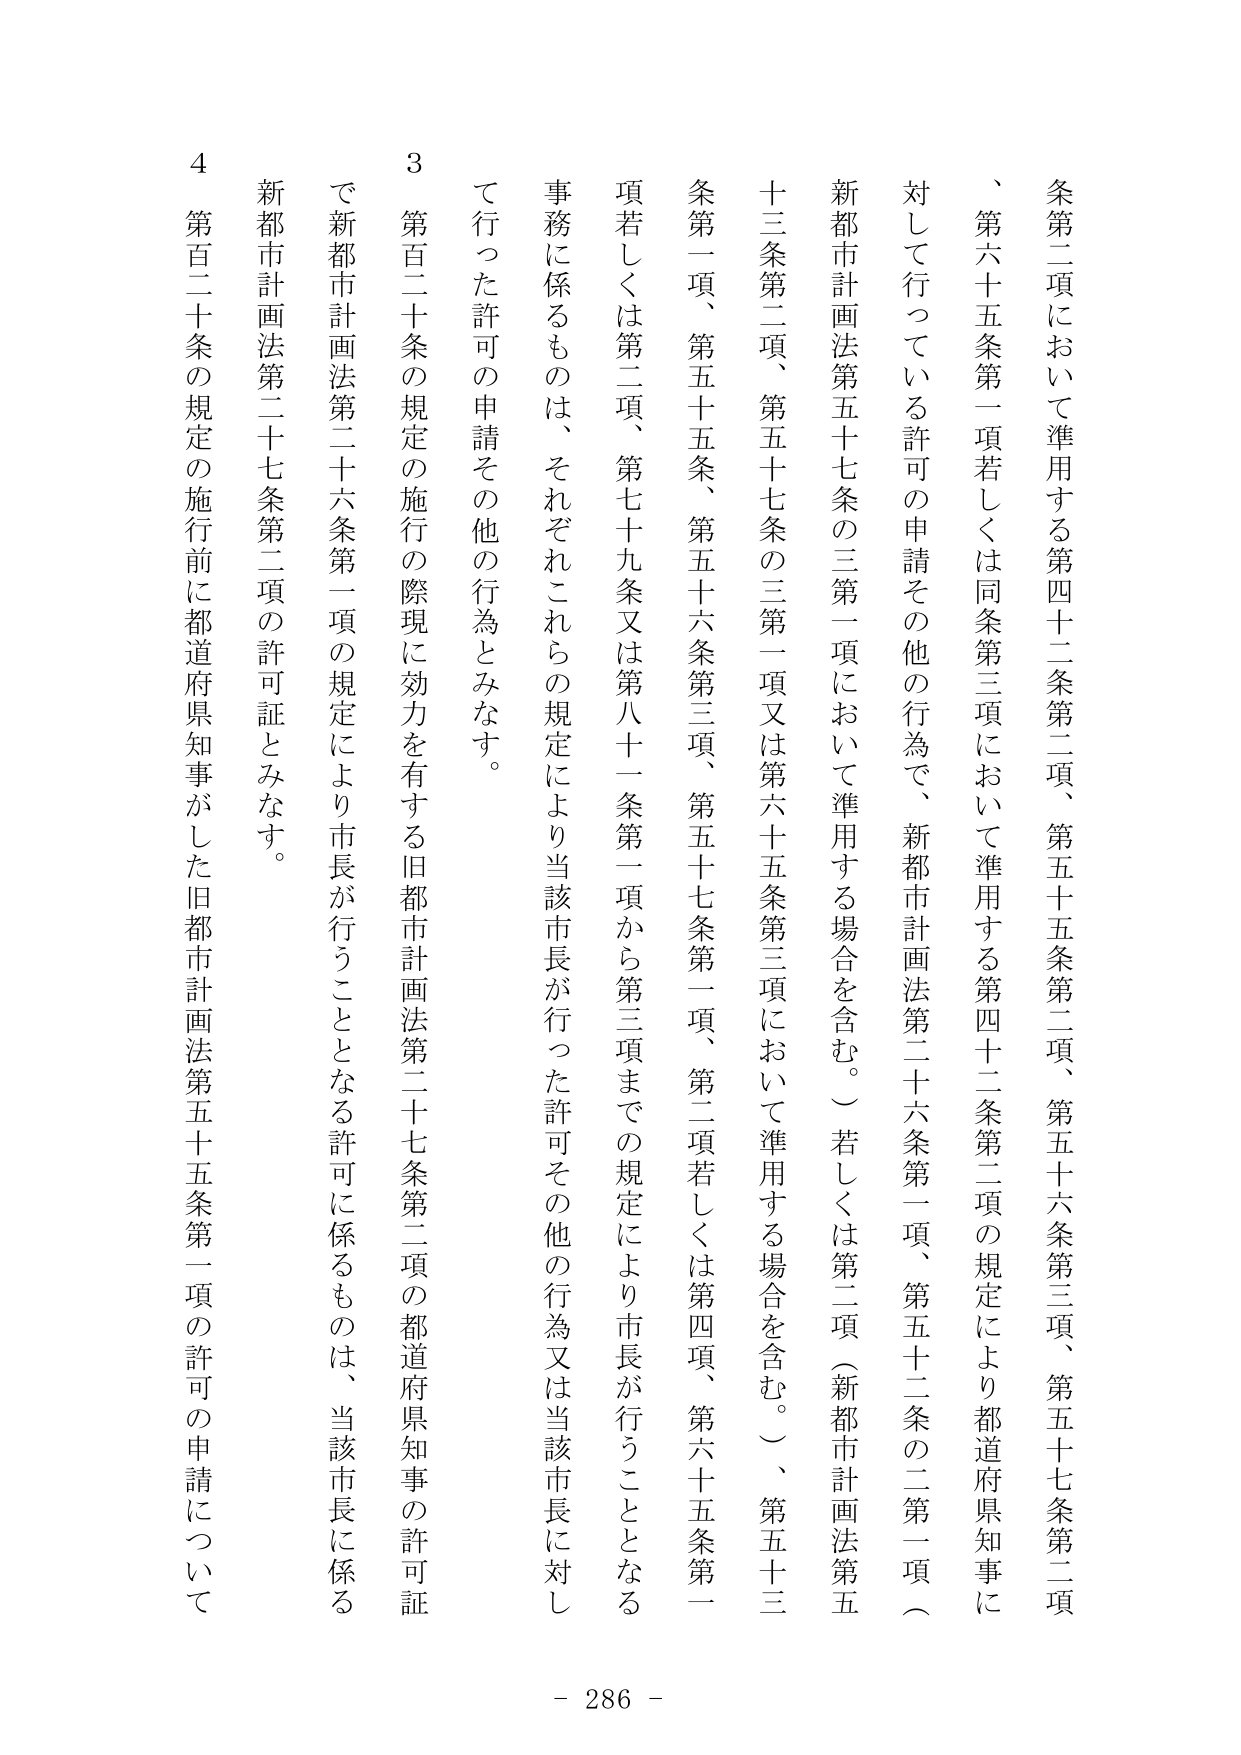
条第二項において準用する第四十二条第二項、第五十五条第二項、第五十六条第三項、第五十七条第二項、第六十五条第一項若しくは同条第三項において準用する第四十二条第二項の規定により都道府県知事に対して行っている許可の申請その他の行為で、新都市計画法第二十六条第一項、第五十二条の二第一項（新都市計画法第五十七条の三第一項において準用する場合を含む。）若しくは第二項（新都市計画法第五十三条第二項、第五十七条の三第一項又は第六十五条第三項において準用する場合を含む。）、第五十三条第一項、第五十五条、第五十六条第三項、第五十七条第一項、第二項若しくは第四項、第六十五条第一項若しくは第二項、第七十九条又は第八十一条第一項から第三項までの規定により市長が行うこととなる事務に係るものは、それぞれこれらの規定により当該市長が行った許可その他の行為又は当該市長に対して行った許可の申請その他の行為とみなす。

3 第百二十条の規定の施行の際現に効力を有する旧都市計画法第二十七条第二項の都道府県知事の許可証で新都市計画法第二十六条第一項の規定により市長が行うこととなる許可に係るものは、当該市長に係る新都市計画法第二十七条第二項の許可証とみなす。

4 第百二十条の規定の施行前に都道府県知事がした旧都市計画法第五十五条第一項の許可の申請について

- 286 -